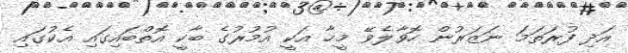
އަދި ފުރަތަމަ ނަޒަރުން ހޮވާލެވޭ މީހާ އަކީ އުމުރުގެ ބާކީ އޮތްބައިގައި އެކުގައި